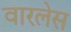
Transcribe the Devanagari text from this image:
वारलेस